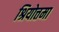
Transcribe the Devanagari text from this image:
श्रियोत्तमा